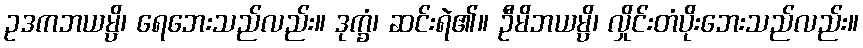
ဥဒကဘယမ္ပိ၊ ရေဘေးသည်လည်း။ ဒုက္ခံ၊ ဆင်းရဲ၏။ ဦမိဘယမ္ပိ၊ လှိုင်းတံပိုးဘေးသည်လည်း။